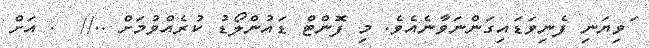
ޱަވިޔަނި ފެނިވަޑައިގަންނަވާނެއެވެ. މި ފޮންޓް ޑައުންލޯޑު ކުރެއްވުމަށް ..//  . އަށް